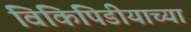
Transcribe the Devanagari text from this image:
विकिपिडीयाच्या